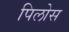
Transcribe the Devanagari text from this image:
पिलोस